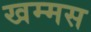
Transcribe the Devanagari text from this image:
खम्मस